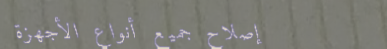
إصلاح جميع أنواع الأجهزة